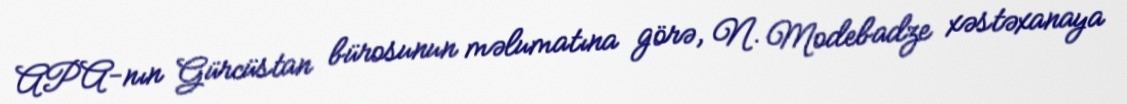
APA-nın Gürcüstan bürosunun məlumatına görə, N. Modebadze xəstəxanaya